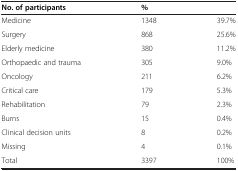
<table><thead><tr><td><b>No. of participants</b></td><td colspan="2"><b>%</b></td></tr></thead><tbody><tr><td>Medicine</td><td>1348</td><td>39.7%</td></tr><tr><td>Surgery</td><td>868</td><td>25.6%</td></tr><tr><td>Elderly medicine</td><td>380</td><td>11.2%</td></tr><tr><td>Orthopaedic and trauma</td><td>305</td><td>9.0%</td></tr><tr><td>Oncology</td><td>211</td><td>6.2%</td></tr><tr><td>Critical care</td><td>179</td><td>5.3%</td></tr><tr><td>Rehabilitation</td><td>79</td><td>2.3%</td></tr><tr><td>Burns</td><td>15</td><td>0.4%</td></tr><tr><td>Clinical decision units</td><td>8</td><td>0.2%</td></tr><tr><td>Missing</td><td>4</td><td>0.1%</td></tr><tr><td>Total</td><td>3397</td><td>100%</td></tr></tbody></table>